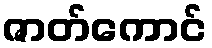
ဇာတ်ကောင်